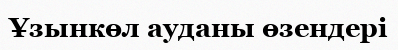
Ұзынкөл ауданы өзендері